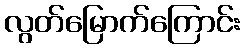
လွတ်မြောက်ကြောင်း